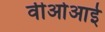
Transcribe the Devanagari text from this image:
वीओआई